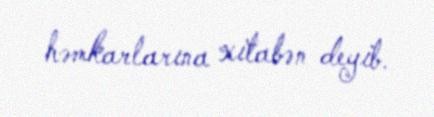
həmkarlarına xitabən deyib.